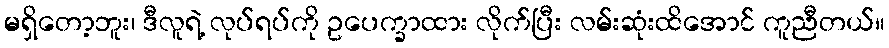
မရှိတော့ဘူး၊ ဒီလူရဲ့ လုပ်ရပ်ကို ဥပေက္ခာထား လိုက်ပြီး လမ်းဆုံးထိအောင် ကူညီတယ်။